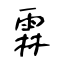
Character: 霖